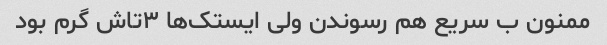
ممنون ب سریع هم رسوندن ولی ایستک‌ها ۳تاش گرم بود